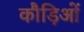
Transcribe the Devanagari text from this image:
कौड़िओं